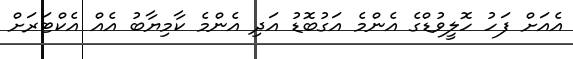
އެއަށް ފަހު ހޮލީވުޑްގެ އެންމެ އަގުބޮޑު އަދި އެންމެ ކާމިޔާބު އެއް އެކްޓަރަށް